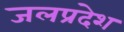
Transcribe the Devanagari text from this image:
जलप्रदेश